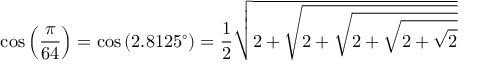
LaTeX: \cos \left( { \frac { \pi } { 6 4 } } \right) = \cos \left( 2 . 8 1 2 5 ^ { \circ } \right) = { \frac { 1 } { 2 } } { \sqrt { 2 + { \sqrt { 2 + { \sqrt { 2 + { \sqrt { 2 + { \sqrt { 2 } } } } } } } } } }